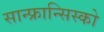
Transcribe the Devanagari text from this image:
सान्फ्रान्सिस्को